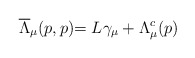
\begin{align*}\stackrel{}{\overline{\Lambda }_\mu (p,p)}=L\gamma _\mu +\Lambda _\mu ^c(p)\end{align*}